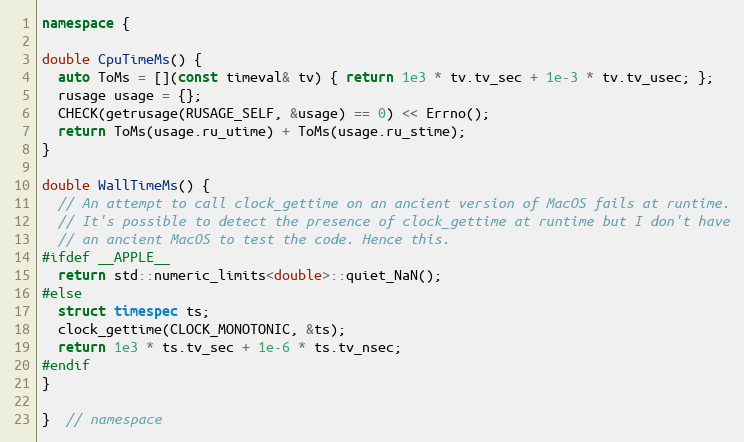
Language: C++
namespace {

double CpuTimeMs() {
  auto ToMs = [](const timeval& tv) { return 1e3 * tv.tv_sec + 1e-3 * tv.tv_usec; };
  rusage usage = {};
  CHECK(getrusage(RUSAGE_SELF, &usage) == 0) << Errno();
  return ToMs(usage.ru_utime) + ToMs(usage.ru_stime);
}

double WallTimeMs() {
  // An attempt to call clock_gettime on an ancient version of MacOS fails at runtime.
  // It's possible to detect the presence of clock_gettime at runtime but I don't have
  // an ancient MacOS to test the code. Hence this.
#ifdef __APPLE__
  return std::numeric_limits<double>::quiet_NaN();
#else
  struct timespec ts;
  clock_gettime(CLOCK_MONOTONIC, &ts);
  return 1e3 * ts.tv_sec + 1e-6 * ts.tv_nsec;
#endif
}

}  // namespace